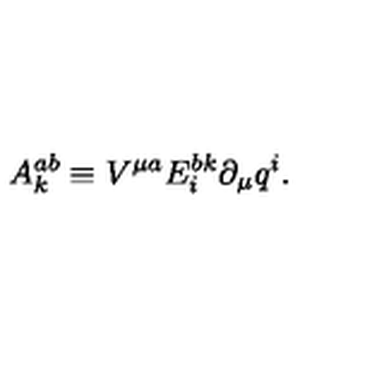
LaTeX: A _ { k } ^ { a b } \equiv V ^ { \mu a } E _ { i } ^ { b k } \partial _ { \mu } q ^ { i } .